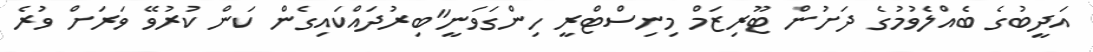
އަދީބުގެ ބެއްލެވުމުގެ ދަށުން ޓޫރިޒަމް މިނިސްޓްރީ ހިންގަވަނީ"ބިރުދައްކައިގެން ކަން ކުރުވޭ ވަރަށް ވުރެ